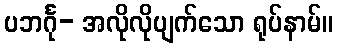
ပဘင်္ဂု- အလိုလိုပျက်သော ရုပ်နာမ်။